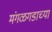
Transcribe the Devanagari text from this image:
मंगळगडाच्या